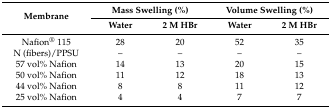
| <ROWSPAN=2> Membrane | <COLSPAN=2> Mass Swelling (%) | <COLSPAN=2> Volume Swelling (%) |
 | Water | 2 M HBr | Water | 2 M HBr |
 | --- | --- | --- | --- | --- |
 | Nafion® 115 | 28 | 20 | 52 | 35 |
 | N (fibers)/PPSU | – | – | – | – |
 | 57 vol% Nafion | 14 | 13 | 20 | 15 |
 | 50 vol% Nafion | 11 | 12 | 18 | 13 |
 | 44 vol% Nafion | 8 | 8 | 11 | 12 |
 | 25 vol% Nafion | 4 | 4 | 7 | 7 |